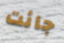
جائت